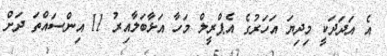
އެ އަދަދަކީ މިދިޔަ އަހަރުގެ އެޕްރީލް މަހާ އަޅާބަލާއިރު 11 އިންސައްތަ ދަށް